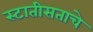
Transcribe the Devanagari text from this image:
स्टातीसताचे